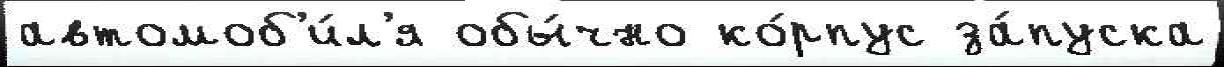
автомоб'и́л'я обы́чно ко́рпус за́пуска